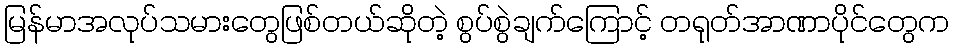
မြန်မာအလုပ်သမားတွေဖြစ်တယ်ဆိုတဲ့ စွပ်စွဲချက်ကြောင့် တရုတ်အာဏာပိုင်တွေက